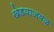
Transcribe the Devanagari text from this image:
खेडयाजवळ